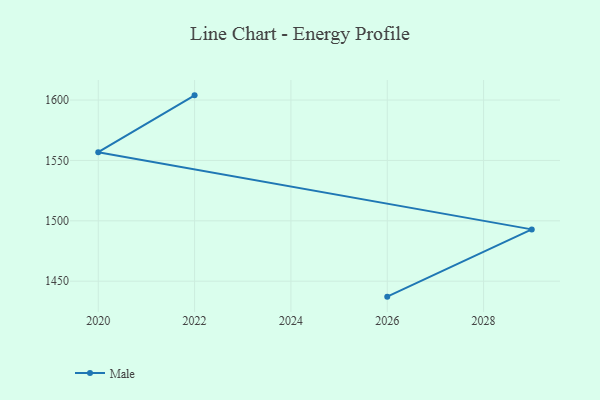
{"axis": {"x": "Year", "y": "Churn Rate (%)"}, "legend": ["Male"], "data": [{"x": "2026", "y": 1437.2, "type": "Male"}, {"x": "2029", "y": 1492.9, "type": "Male"}, {"x": "2020", "y": 1556.8, "type": "Male"}, {"x": "2022", "y": 1603.9, "type": "Male"}]}